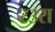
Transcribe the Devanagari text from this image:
रउरा